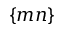
\{ m n \}